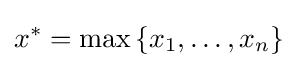
x^{*}=\max {\{x_{1},\dots ,x_{n}\}}